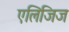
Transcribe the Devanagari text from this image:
एलिजिज